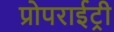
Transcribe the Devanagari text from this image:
प्रोपराईट्री